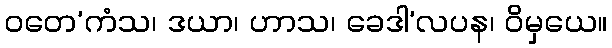
ဝတေ’ကံသ၊ ဒယာ၊ ဟာသ၊ ခေဒါ’လပန၊ ဝိမှယေ။